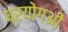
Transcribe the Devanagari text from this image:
प्रयोगओं